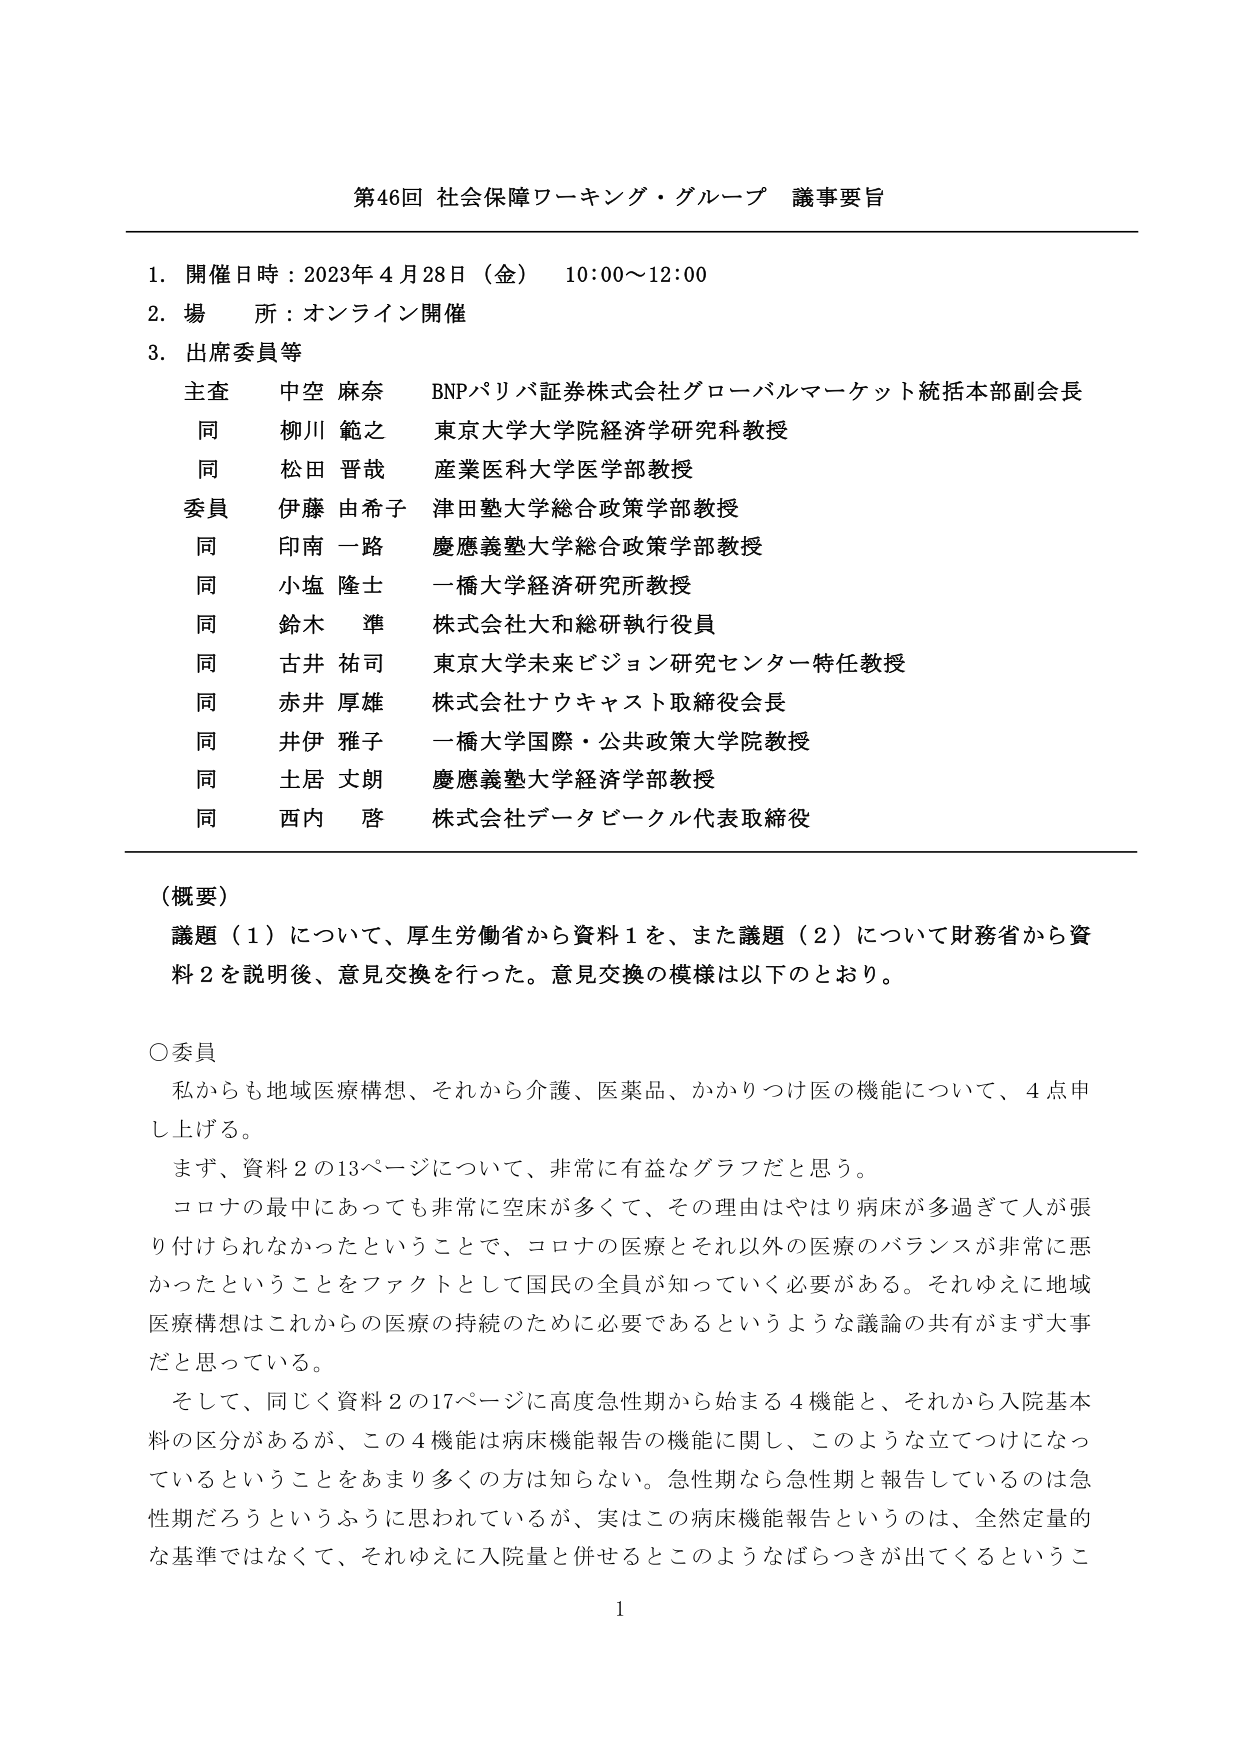
第46回 社会保障ワーキング・グループ 議事要旨

1. 開催日時：2023年4月28日（金） 10:00～12:00
2. 場 所：オンライン開催
3. 出席委員等
　主査 中空 麻奈 BNPパリバ証券株式会社グローバルマーケット統括本部副会長
　同 柳川 範之 東京大学大学院経済学研究科教授
　同 松田 晋哉 産業医科大学医学部教授
　委員 伊藤 由希子 津田塾大学総合政策学部教授
　同 印南 一路 慶應義塾大学総合政策学部教授
　同 小塩 隆士 一橋大学経済研究所教授
　同 鈴木 準 株式会社大和総研執行役員
　同 古井 祐司 東京大学未来ビジョン研究センター特任教授
　同 赤井 厚雄 株式会社ナウキャスト取締役会長
　同 井伊 雅子 一橋大学国際・公共政策大学院教授
　同 土居 丈朗 慶應義塾大学経済学部教授
　同 西内 啓 株式会社データビークル代表取締役

（概要）
議題（1）について、厚生労働省から資料1を、また議題（2）について財務省から資料2を説明後、意見交換を行った。意見交換の模様は以下のとおり。

○委員
　私からも地域医療構想、それから介護、医薬品、かかりつけ医の機能について、4点申し上げる。
　まず、資料2の13ページについて、非常に有益なグラフだと思う。
　コロナの最中においても非常に空床が多くて、その理由はやはり病床が多過ぎて人が張り付けられなかったということで、コロナの医療とそれ以外の医療のバランスが非常に悪かったということをファクトとして国民の全員が知っていく必要がある。それゆえに地域医療構想はこれからの医療の持続のために必要であるというような議論の共有がまず大事だと思っている。
　そして、同じく資料2の17ページに高度急性期から始まる4機能と、それから入院基本料の区分があるが、この4機能は病床機能報告の機能に関し、このような立てつけになっているということをあまり多くの方は知らない。急性期なら急性期と報告しているのは急性期だろうというふうに思われているが、実はこの病床機能報告というのは、全然定量的な基準ではなくて、それゆえに入院量と併せるとこのようなばらつきが出てくるというこ

1